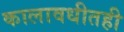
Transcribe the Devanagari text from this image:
कालावधीतही